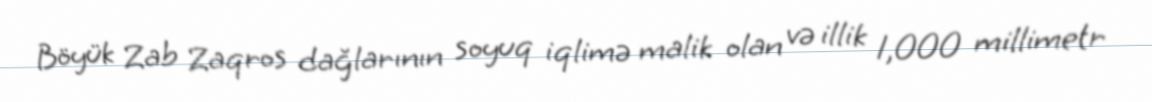
Böyük Zab Zaqros dağlarının soyuq iqlimə malik olan və illik 1,000 millimetr